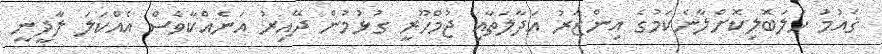
ޤައުމު ހަލަބޮލިކޮށްލާނެކަމުގެ އިންޒާރު އަދާލަތާއި ޖުމްހޫރީ ގުޅުމުން ދޭއިރު އަނެއްކާވެސް އެއްކަލަ ލާދީނީ